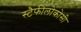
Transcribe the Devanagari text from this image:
स्टैफीलोकोसी